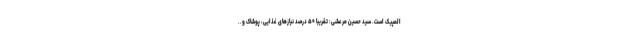
المپیک است. سید حسین مرعشی: تقریباً ۵۰ درصد نیازهای غذایی، پوشاک و..